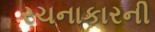
રચનાકારની